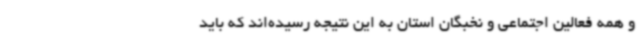
و همه فعالین اجتماعی و نخبگان استان به این نتیجه رسیده‌اند که باید